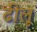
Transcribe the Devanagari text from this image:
ढीलू